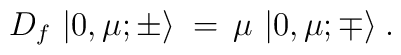
D_f\, \left| 0,\mu; \pm \rangle \right.\, =\, \mu\, \left| 0, \mu;  \mp \rangle \right..